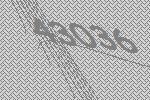
43036